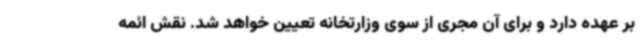
بر عهده دارد و برای آن مجری از سوی وزارتخانه تعیین خواهد شد. نقش ائمه